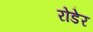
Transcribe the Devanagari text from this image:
रोडेर